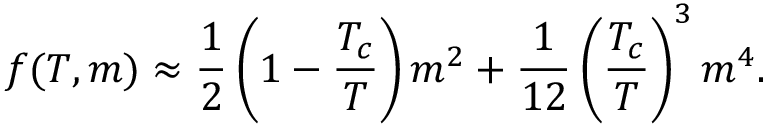
f ( T , m ) \approx \frac { 1 } { 2 } \left( 1 - \frac { T _ { c } } { T } \right) m ^ { 2 } + \frac { 1 } { 1 2 } \left( \frac { T _ { c } } { T } \right) ^ { 3 } m ^ { 4 } .